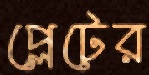
প্লেটের